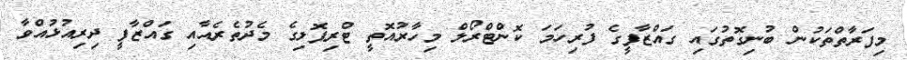
މިފަރާތްތަކުން ބުނިގޮތުގައި ގައްޒާފީގެ ފުރިހަމަ ކޮންޓްރޯލް މިހާރުއޮތީ ޓްރިޕޮލިގެ މެދުތެރެއާއި ގައްޒާފީ ދިރިއުޅުއްވާ